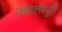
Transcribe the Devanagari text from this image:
ज्वालापुरी